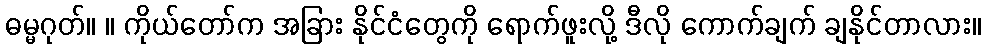
ဓမ္မဂုတ်။ ။ ကိုယ်တော်က အခြား နိုင်ငံတွေကို ရောက်ဖူးလို့ ဒီလို ကောက်ချက် ချနိုင်တာလား။